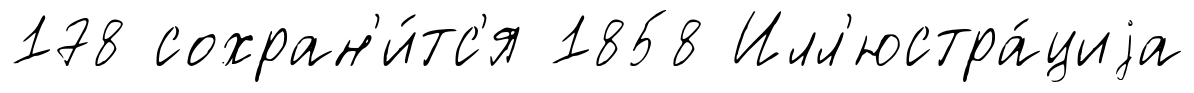
178 сохран'и́тс'я 1858 Илл'юстра́циjа